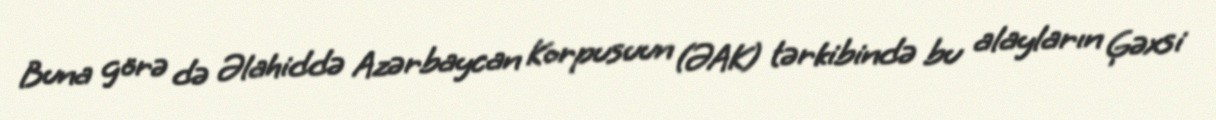
Buna görə də Əlahiddə Azərbaycan Korpusuun (ƏAK) tərkibində bu alayların Ģəxsi